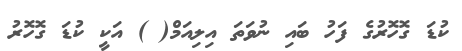
ކުޑަ ގޮހޮރުގެ ފަހު ބައި ނުވަތަ އިލިއަމް( ) އަކީ ކުޑަ ގޮހޮރު